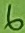
Text: 6